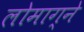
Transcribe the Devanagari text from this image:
लोमाग्ने